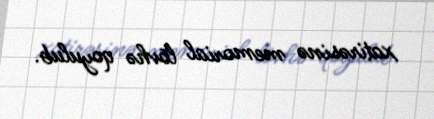
xatirəsinə memorial lövhə qoyulub.